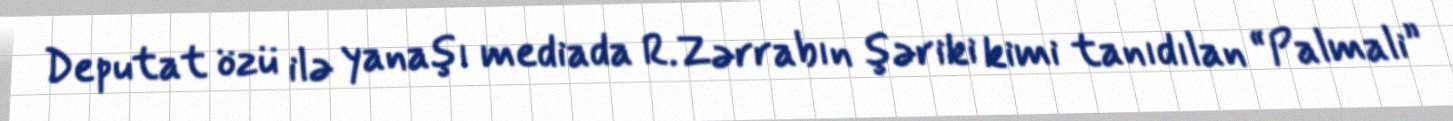
Deputat özü ilə yanaşı mediada R.Zərrabın şəriki kimi tanıdılan “Palmali”